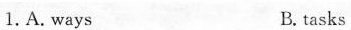
1.A.ways B. tasks